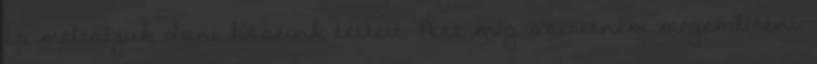
és méltatjuk doni hőseink tetteit. Azt még szeretném megemlíteni,